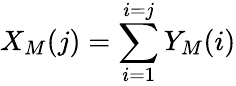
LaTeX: X_{M}(j)=\sum_{i=1}^{i=j}Y_{M}(i)